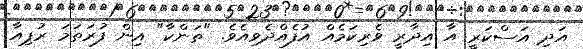
އަދި އަސްކަރީ އާ އިދާރީ ވެރިކަމެއް އުފެއްދެވިއެވެ. "ތަންކާ" އިން ފުރަތަމަ ރުޕިއާ